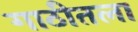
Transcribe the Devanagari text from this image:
गाठीतला